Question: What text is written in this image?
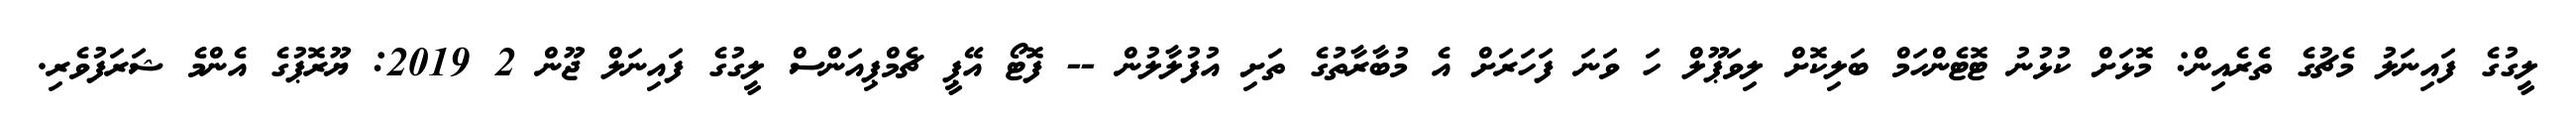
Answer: ލީގުގެ ފައިނަލު މެޗުގެ ތެރެއިން: މޮޅަށް ކުޅުނު ޓޮޓެންހަމް ބަލިކޮށް ލިވަޕޫލް ހަ ވަނަ ފަހަރަށް އެ މުބާރާތުގެ ތަށި އުފުލާލުން -- ފޮޓޯ އޭޕީ ޗެމްޕިއަންސް ލީގުގެ ފައިނަލް ޖޫން 2 2019: ޔޫރޮޕުގެ އެންމެ ޝަރަފުވެރި.